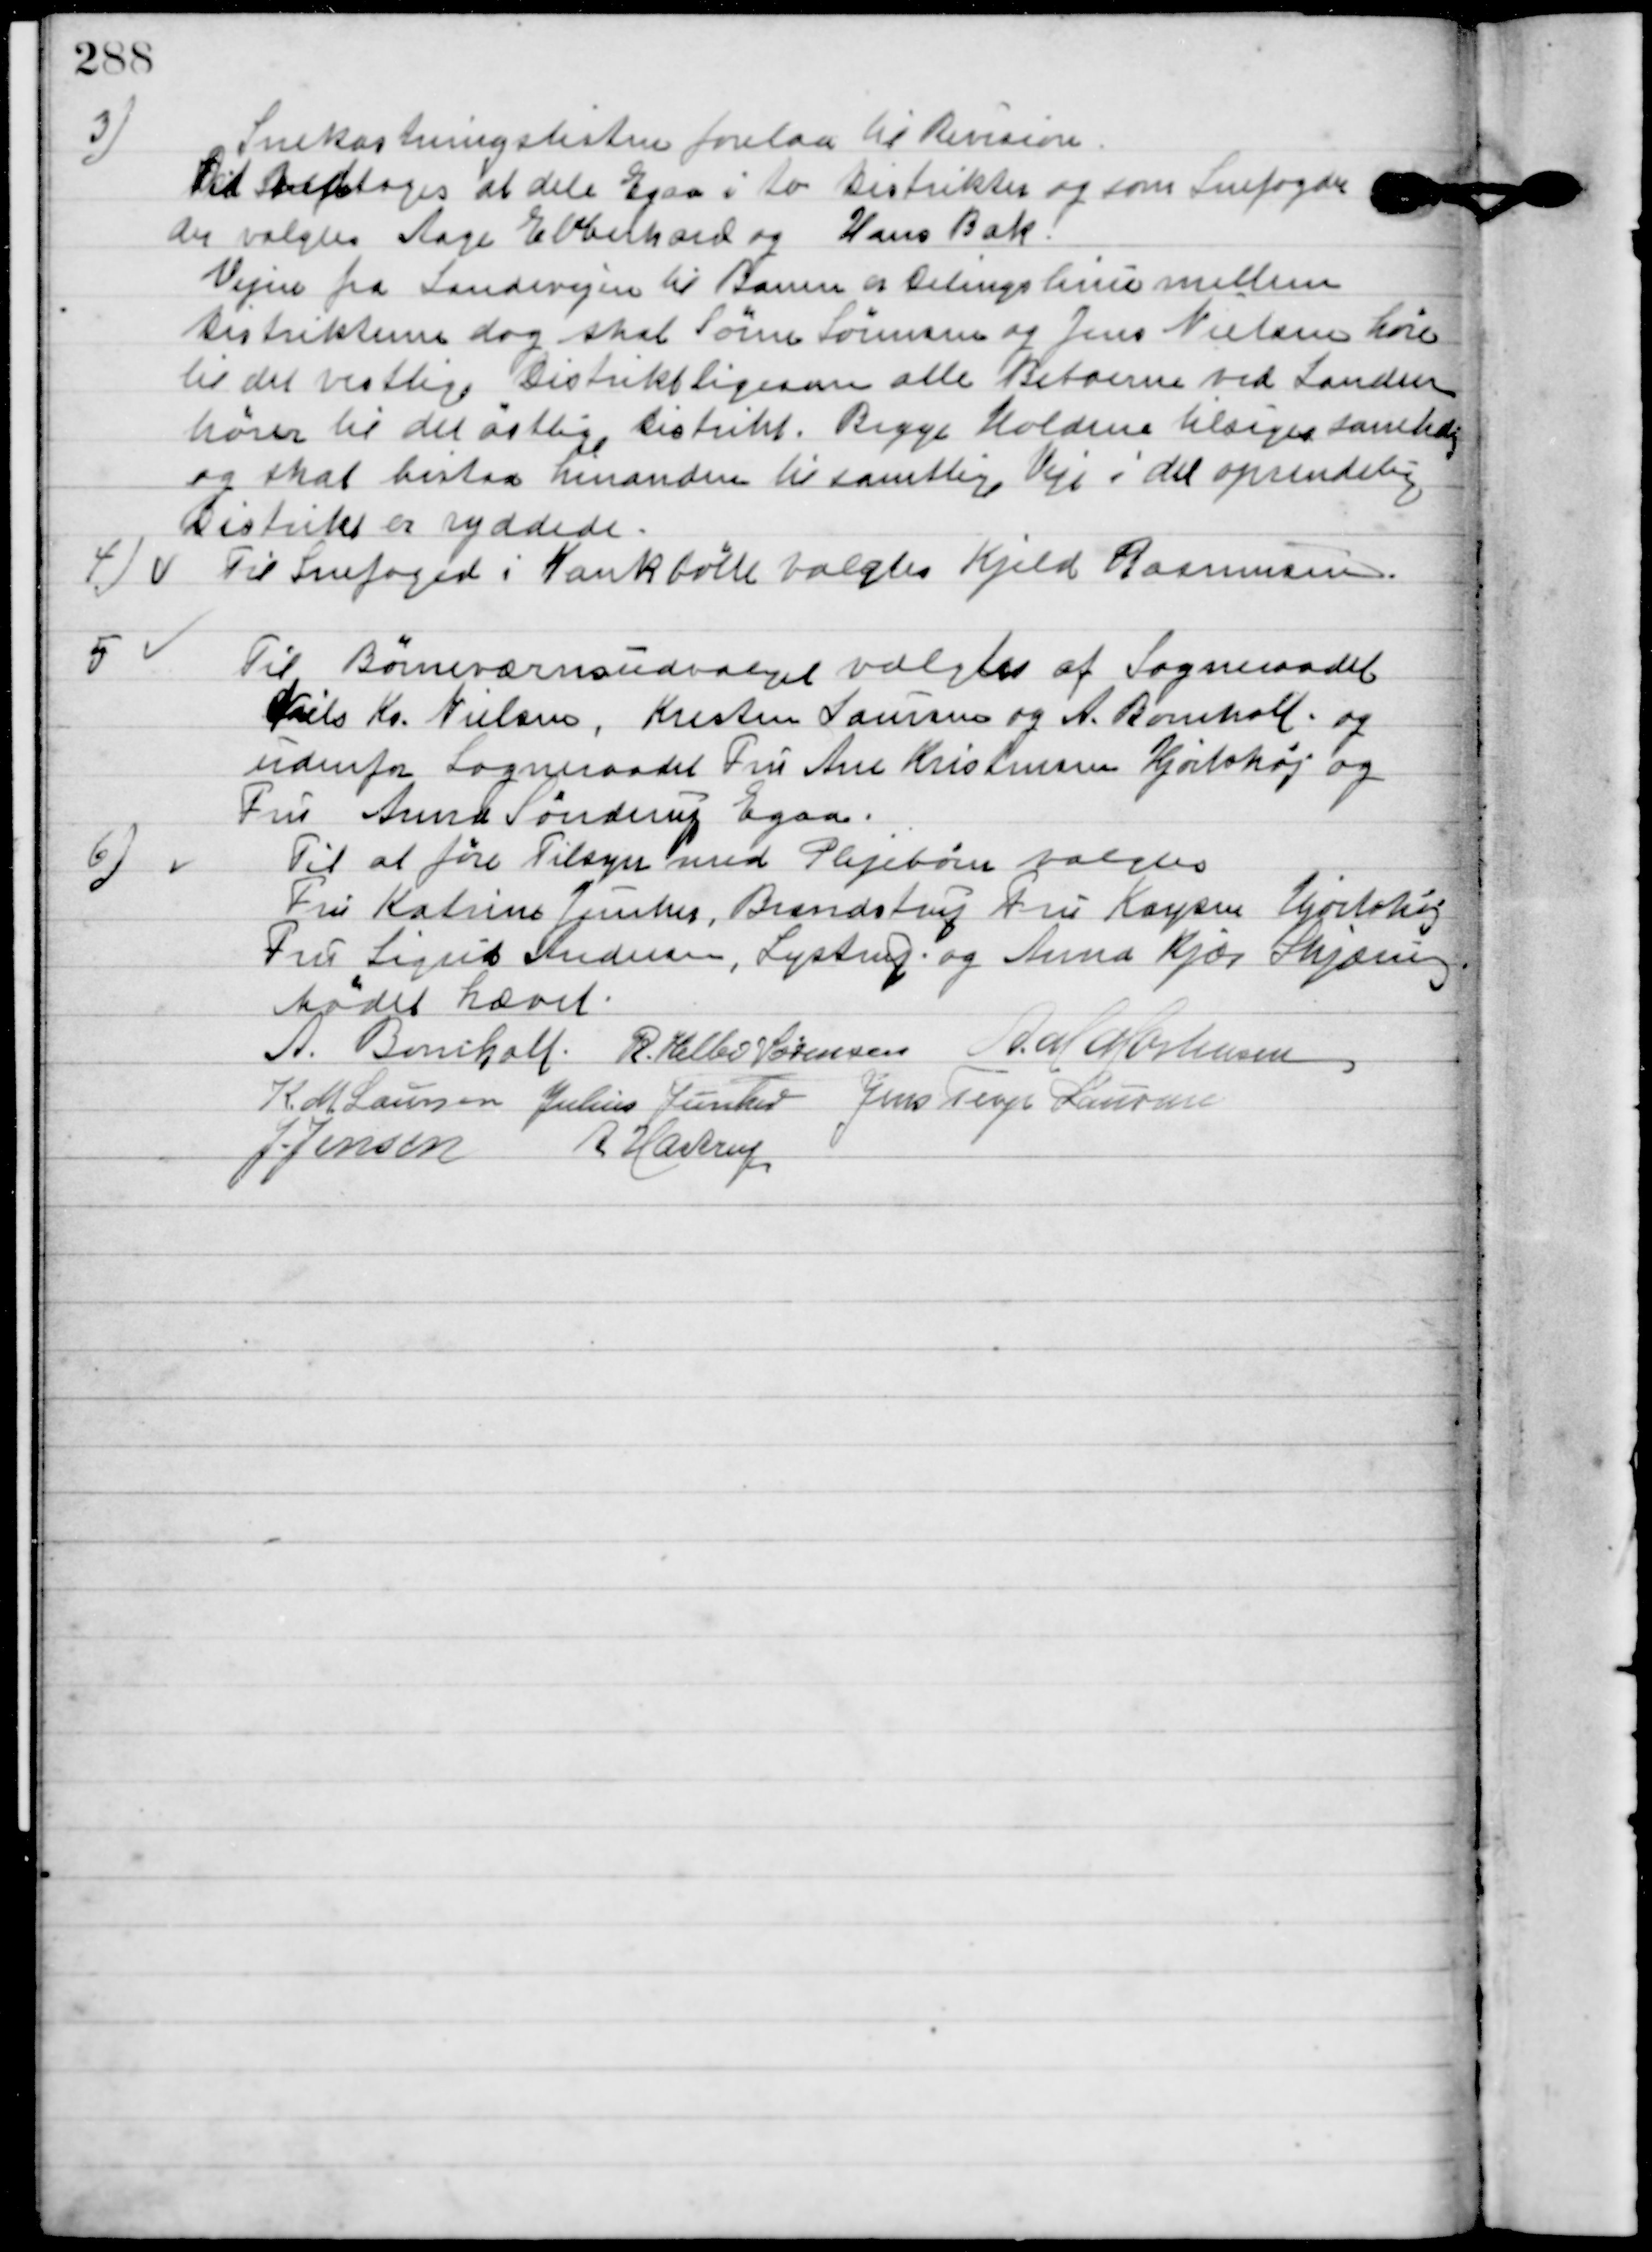
Transskription:
3

Snekastningslisten forelaa til Revision.
Det vedtoges at dele Egaa i to distrikter og som Snefogeder
der valgtes Aage Ebberhard og Hans Bak.
Vejen fra Landevejen til Banen er Delingslinie mellem
Distrikterne dog skal Søren Sørensen og Jens Nielsen høre
til det vestlige Distrikt ligesaa alle Beboerne ved Landen
høre til det østlige Distrikt. Begge Holdene tilsiges samtidig
og skal bistaa hinanden til samtlige Veje i det oprindelige
Distrikt er ryddede.

4

Til Snefoged i Kankbølle valgtes Kjeld Rasmussen.

5

Til Børneværnsudvalget valgtes af Sogneraadet
Niels Kr. Nielsen, Kresten Laursen og A. Bomholt og
udenfor Sogneraadet Fru Ane Kristensen Hjortshøj og
Fru Anna Sønderup Egaa.

6

Til at føre Tilsyn med Plejebørn valgtes
Fru Katrine Junker, Brandstrup, Fru Kayser Hjortshøj,
Fru Sigrid Andersen, Lystrup og Anna Kjær Skjæring.

Mødet hævet.

A. Bomholt
R. Helbo Sørensen
A. M. Mortensen
K. M. Laursen
Julius Junker
Jens Terp Laursen
Jens Jensen
A. Hastrup